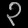
Digit: ၃